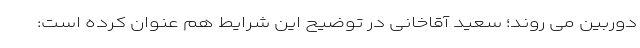
دوربین می روند؛ سعید آقاخانی در توضیح این شرایط هم عنوان کرده است: